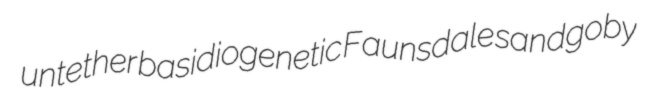
untether basidiogenetic Faunsdale sandgoby